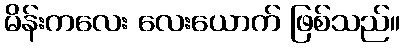
မိန်းကလေး လေးယောက် ဖြစ်သည်။